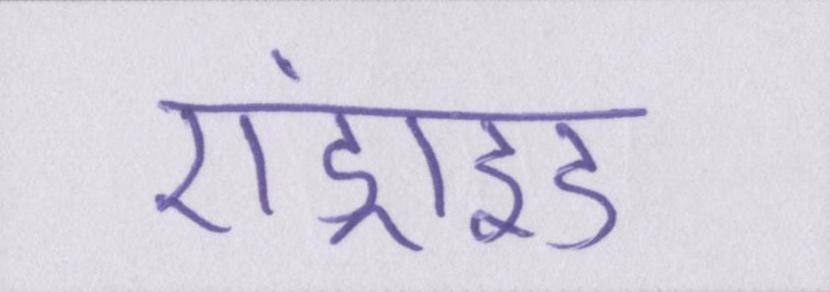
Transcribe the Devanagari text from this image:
एंड्राइड